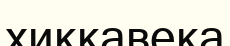
хиккавека